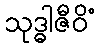
သုဒ္ဓါဇီဝိံ